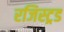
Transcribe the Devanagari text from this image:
रजिस्ट्रड